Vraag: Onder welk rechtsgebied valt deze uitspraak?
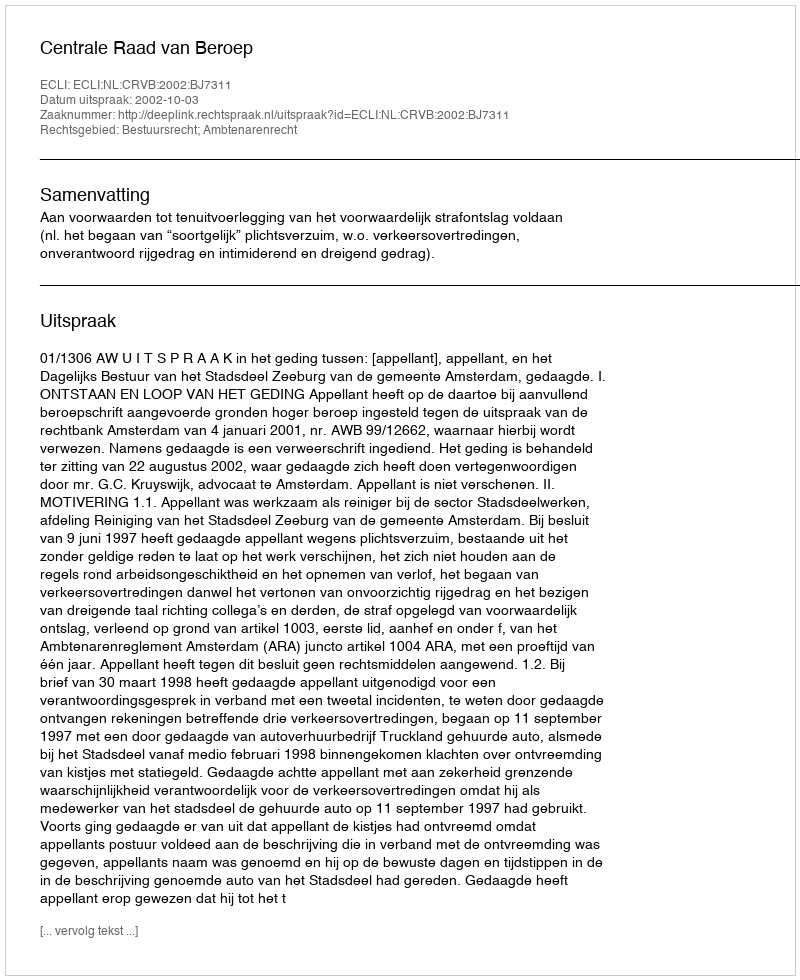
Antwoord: Bestuursrecht; Ambtenarenrecht